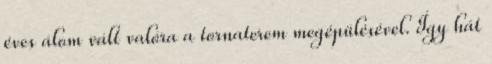
éves álom vált valóra a tornaterem megépülésével. Így hát